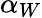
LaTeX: \alpha_{W}